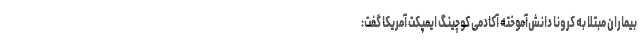
بیماران مبتلا به کرونا دانش‌آموخته آکادمی کوچینگ ایمپکت آمریکا گفت: